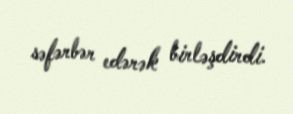
səfərbər edərək birləşdirdi.